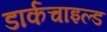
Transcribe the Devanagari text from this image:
डार्कचाइल्ड